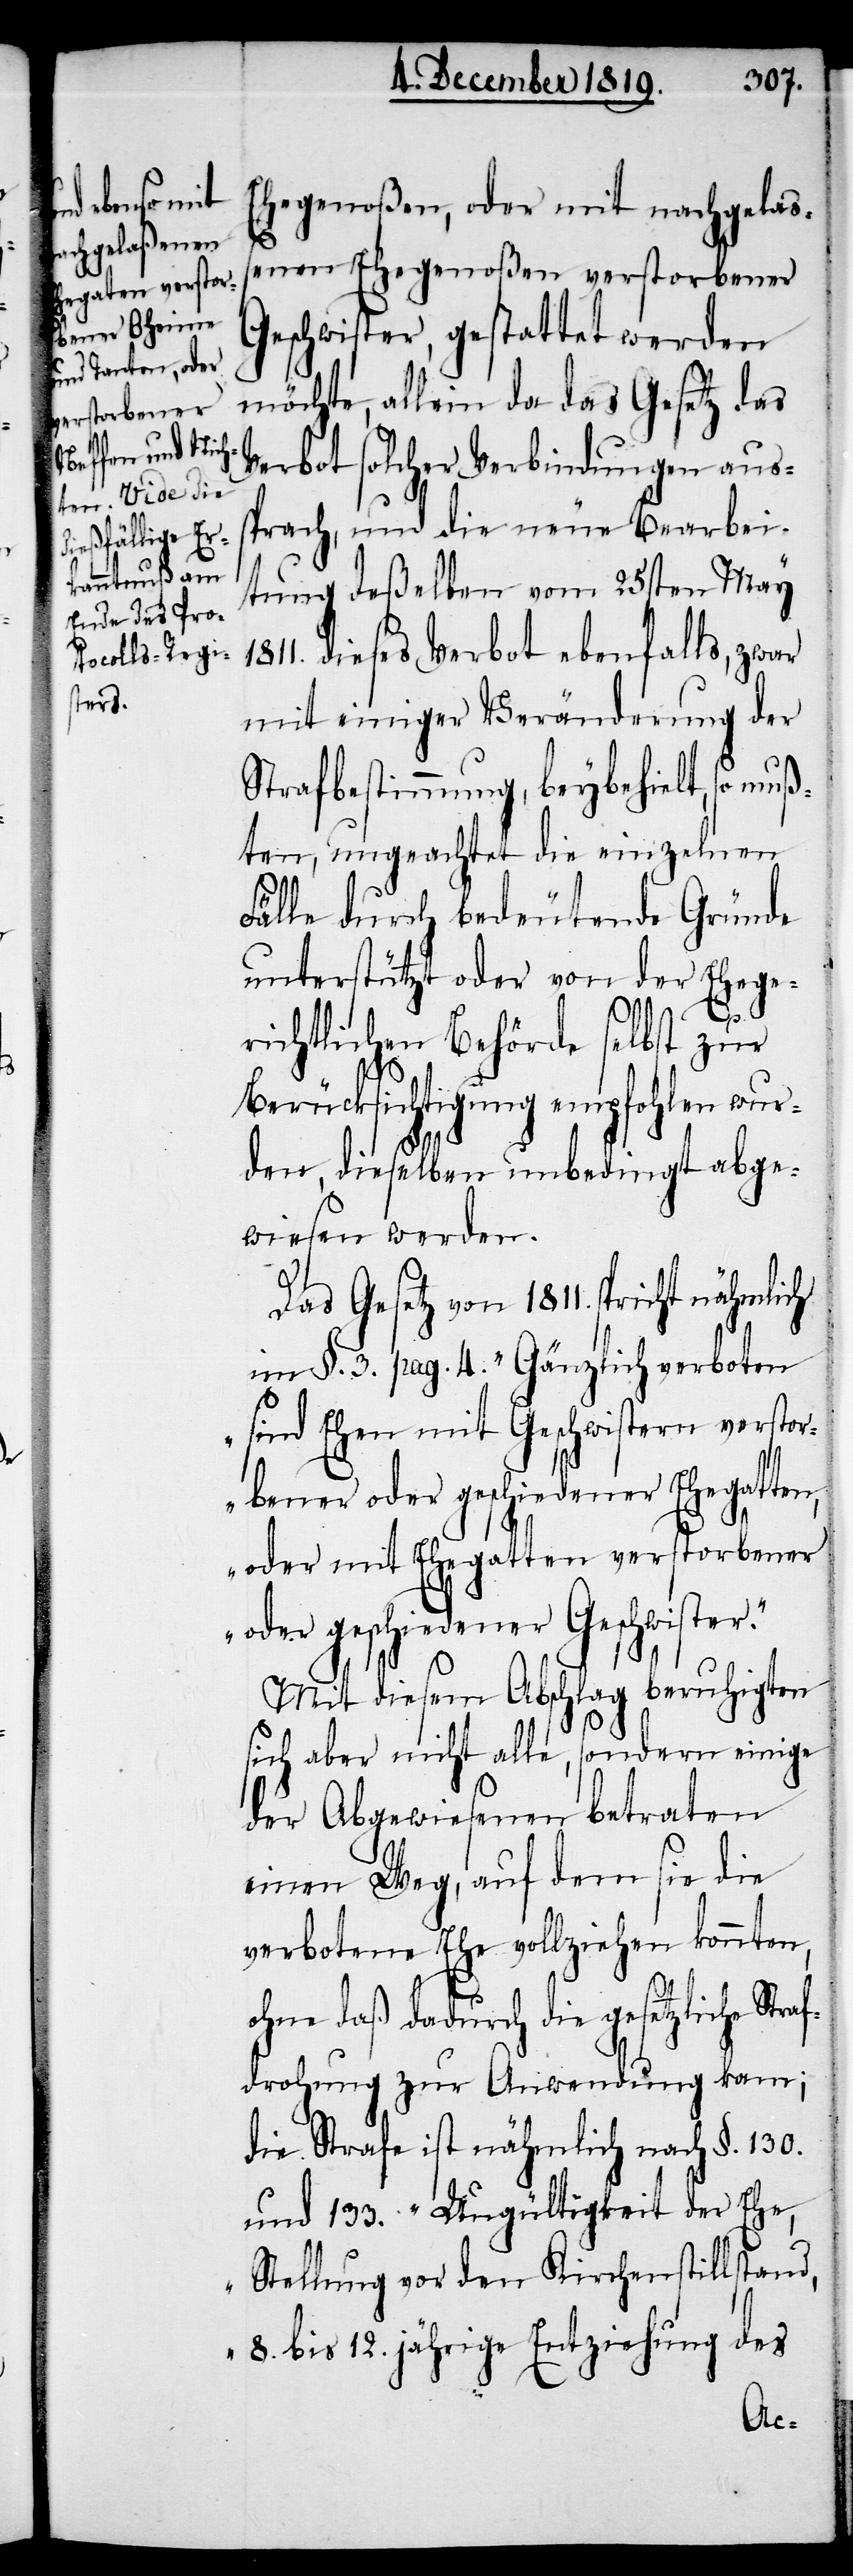
Ehegenoßen, oder mit nachgelas¬
s¬
enen Ehegenoßen verstorbener
Geschwister, gestattet werden
möchte, allein da das Gesetz das
Verbot solcher Verbindungen aus¬
sprach, und die neue Bearbei¬
tung deßelben vom 25sten May
dieses Verbot ebenfalls, zwar
mit einiger Veränderung der
Strafbestimmung, beybehielt, so muß¬
ten, ungeachtet die einzelnen
Fälle durch bedeutende Gründe
unterstützt oder von der Ehege¬
richtlichen Behörde selbst zur
Berücksichtigung empfohlen wur¬
den, dieselben unbedingt abge¬
wiesen werden.
Das Gesetz von 1811. spricht nähmlich
im §. 3. pag. 4. „Gänzlich verboten
sind Ehen mit Geschwistern verstor¬
bener oder geschiedener Ehegatten,
oder mit Ehegatten verstorbener
oder geschiedener Geschwister.“
Mit diesem Abschlag beruhigten
sich aber nicht alle, sondern einige
der Abgewiesenen betraten
einen Weg, auf dem sie die
verbotene Ehe vollziehen konnten,
ohne daß dadurch die gesetzliche Stra¬
fdrohung zur Anwendung kam;
die Strafe ist nähmlich nach §. 130.
und 133. „Ungültigkeit der Ehe,
Stellung vor den Kirchenstillstand,
8. bis 12. jährige Entziehung des